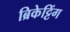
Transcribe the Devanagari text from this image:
ब्रिकेट्टिंग